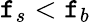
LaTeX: \mathtt{f}_{s}<\mathtt{f}_{b}